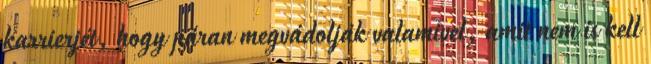
karrierjét, hogy páran megvádolják valamivel, amit nem is kell